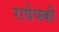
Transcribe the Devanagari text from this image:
रायेव्स्की